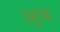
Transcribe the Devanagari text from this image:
ध्रुब